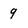
Character: 9